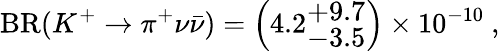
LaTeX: \mathrm{BR}(K^{+}\to\pi^{+}\nu\bar{\nu})=\left(4.2_{\textstyle-3.5}^{\textstyle+9.7}\right)\times 10^{-10}~,